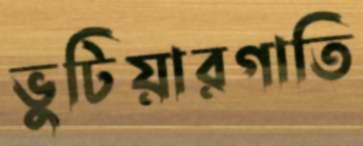
ভুটিয়ারগাতি